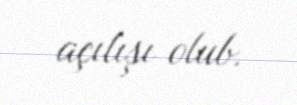
açılışı olub.